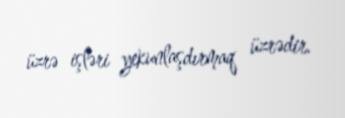
üzrə işləri yekunlaşdırmaq üzrədir.